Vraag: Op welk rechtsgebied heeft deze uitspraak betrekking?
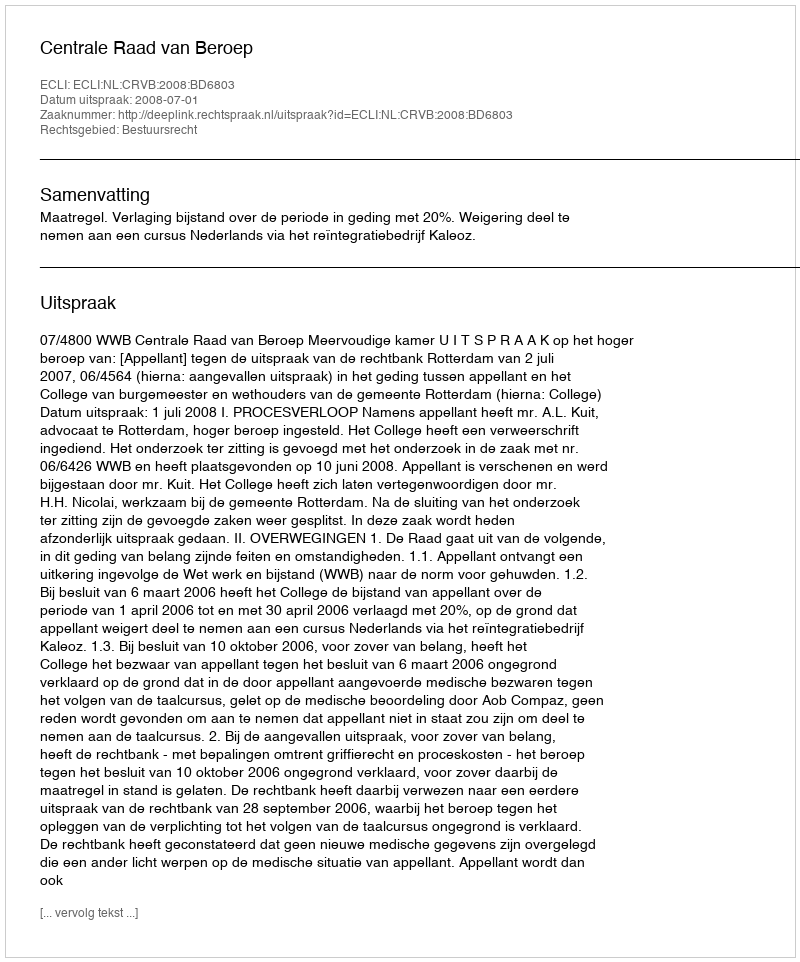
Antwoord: Bestuursrecht